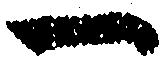
一